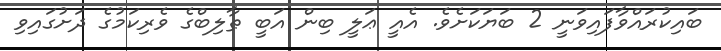
ބައިކުރައްވާފައިވަނީ 2 ބަޔަކަށެވެ. އެއީ ޢަލީ ބިން އަބީ ޠާލިބްގެ ވެރިކަމުގެ ދަށުގައިވި